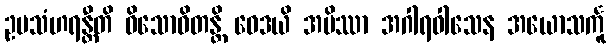
ဥပသံဟရန္တီတိ ဝိသောဓိတန္တိ ဝေဒယိ အမိဿာ အဂါရဝါသေန အယောသင်္ကူ